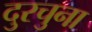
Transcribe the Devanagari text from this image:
दुरचुना